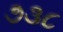
૭૩૮